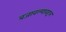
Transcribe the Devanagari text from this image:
बजावल्याबद्दल